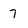
Character: 7